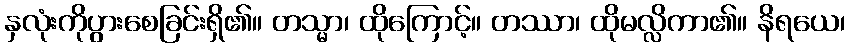
နှလုံးကိုပွားစေခြင်းရှိ၏။ တသ္မာ၊ ထိုကြောင့်။ တဿာ၊ ထိုမလ္လိကာ၏။ နိရယေ၊